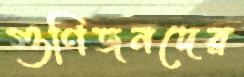
গুণিজনদের